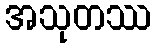
အသုတဿ